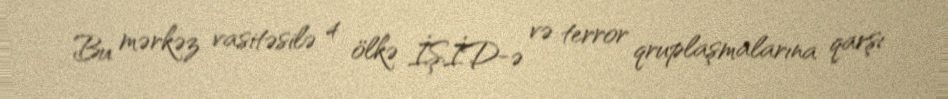
Bu mərkəz vasitəsilə 4 ölkə İŞİD-ə və terror qruplaşmalarına qarşı